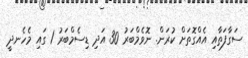
ސަގާފަތާއި އެއްގޮތަށް ކުރަން. ނޮވެމްބަރު 30 އަދި ޑިސެމްބަރު 1 ގައި މެހެނދީ